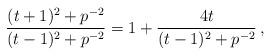
LaTeX: \begin{align*}& \frac{(t + 1)^2 + p^{-2} }{(t-1)^2 + p^{-2}} = 1 + \frac{4 t}{(t-1)^2 + p^{-2}} \, ,\end{align*}